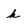
Character: k